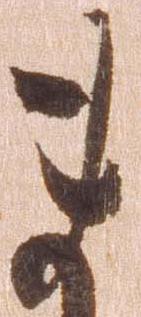
ま